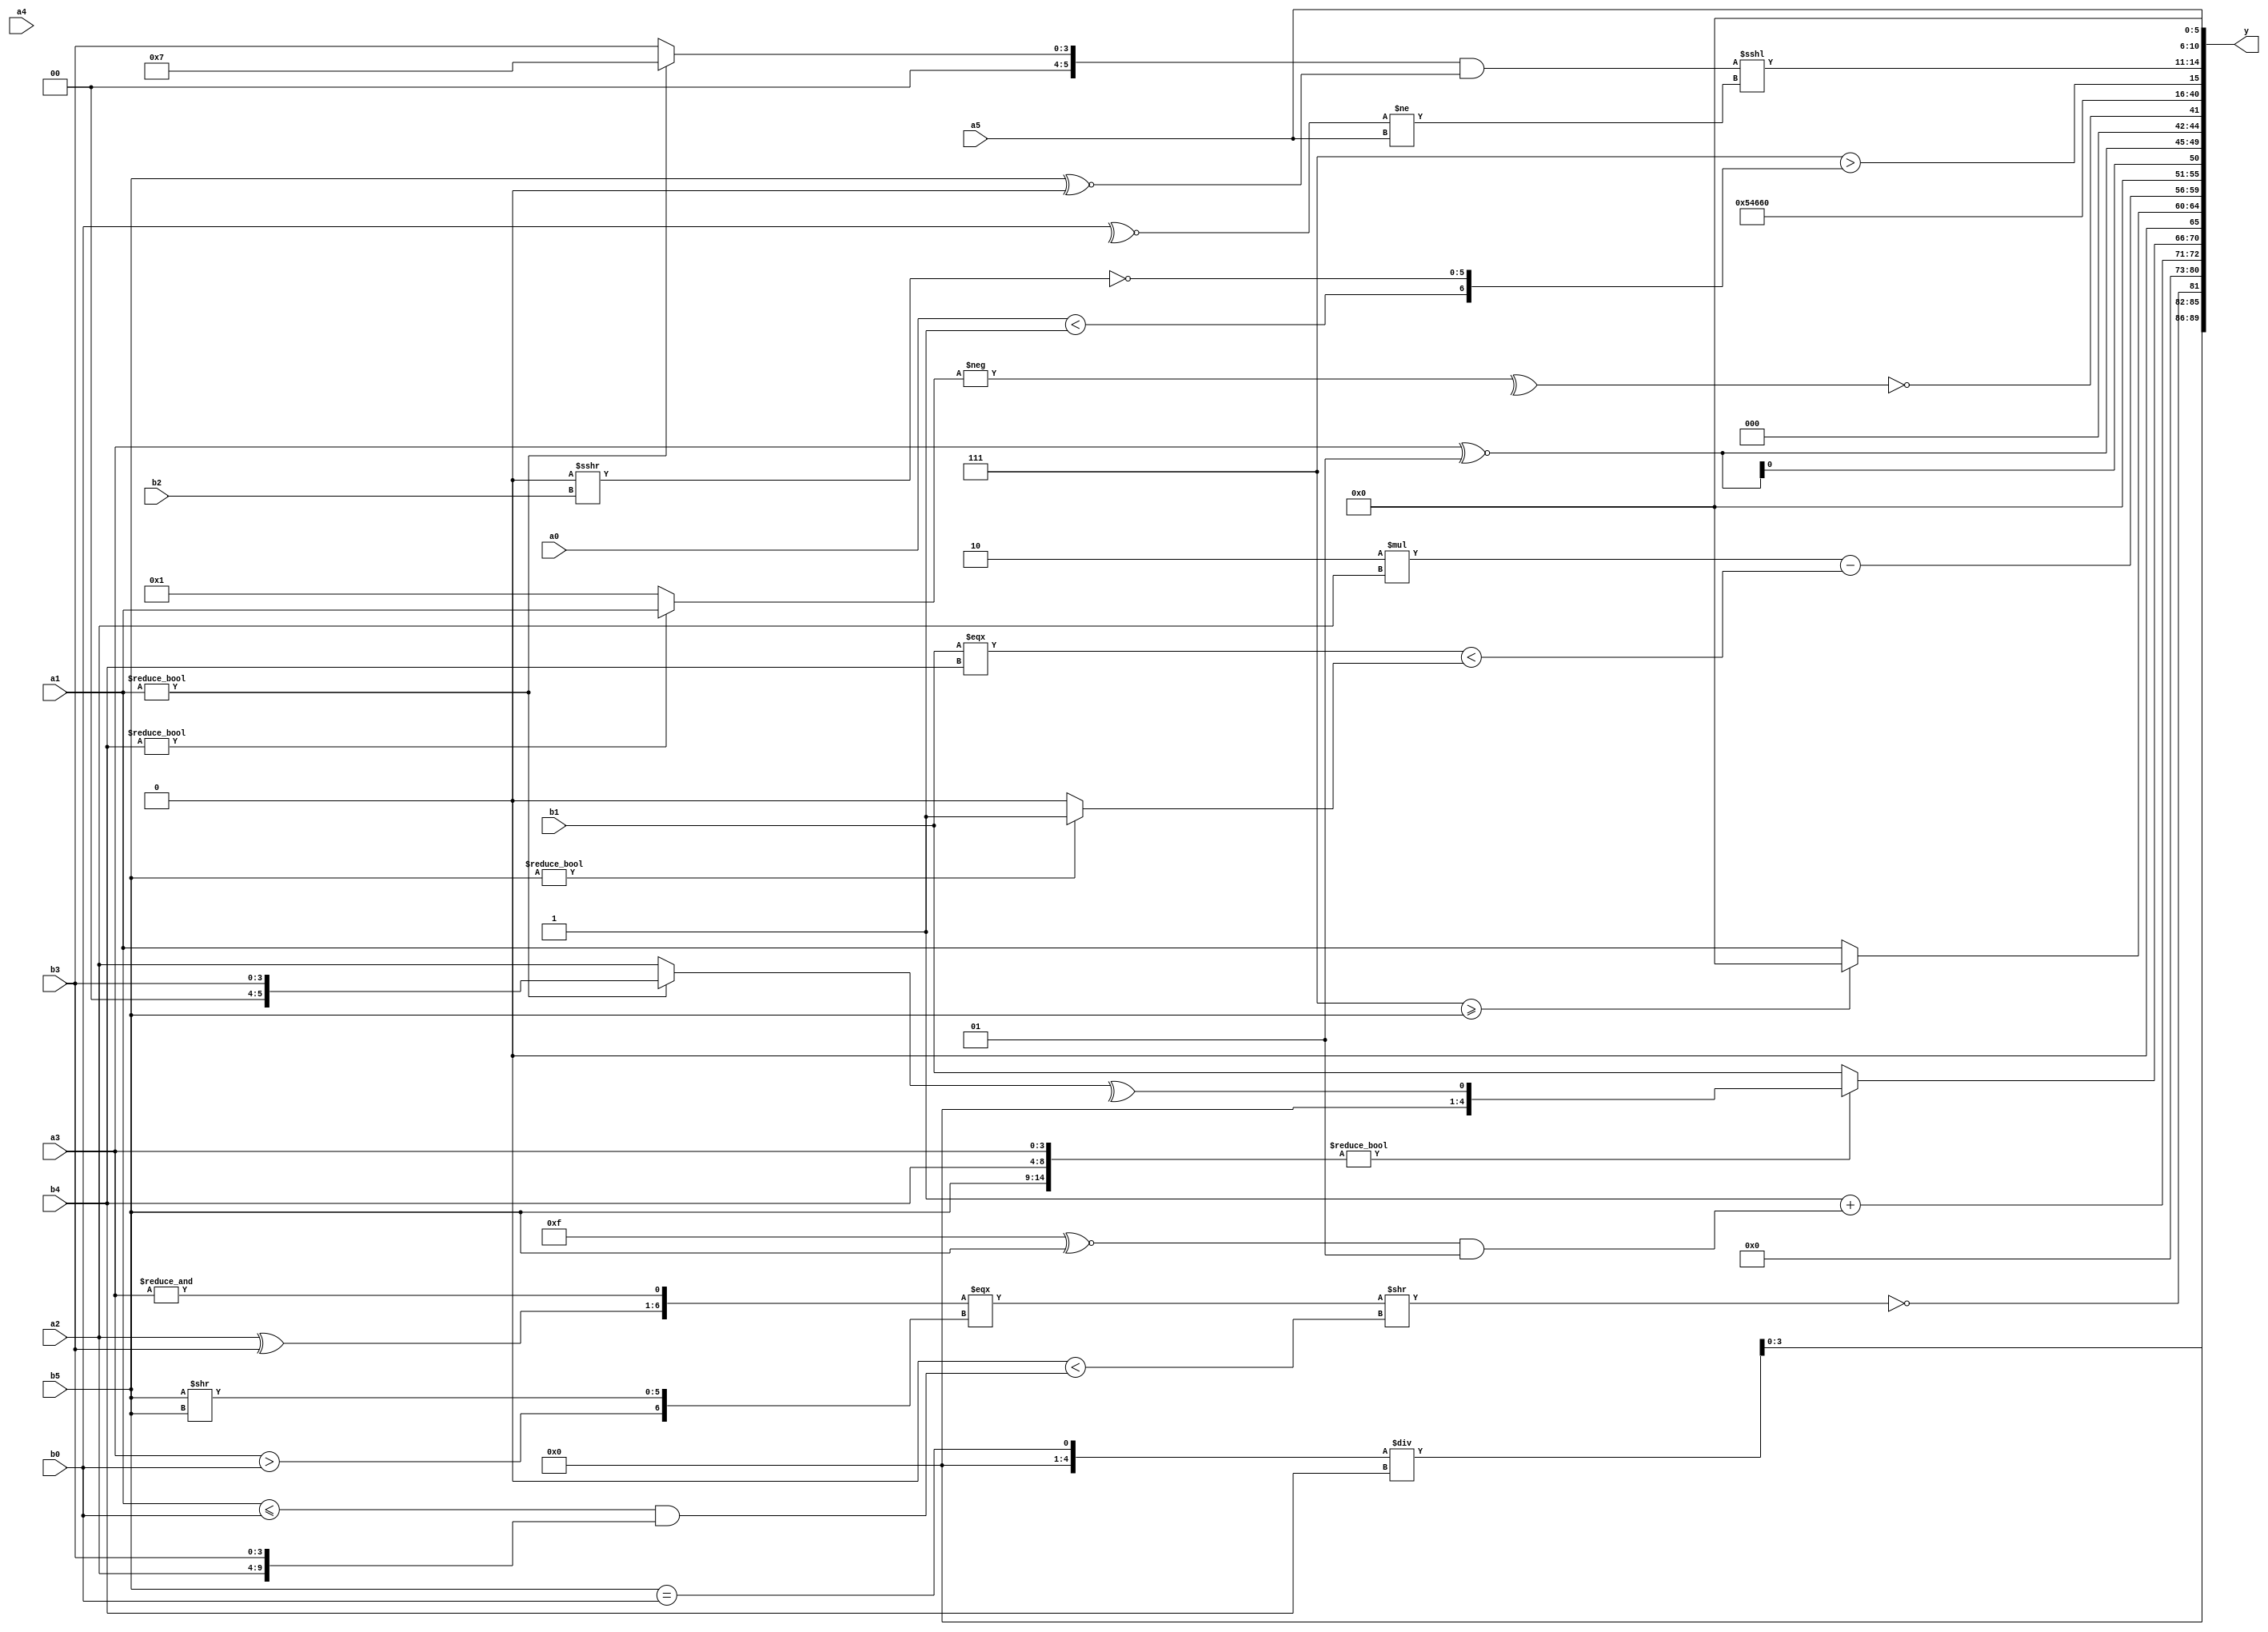
module expression_00593(a0, a1, a2, a3, a4, a5, b0, b1, b2, b3, b4, b5, y);
  input [3:0] a0;
  input [4:0] a1;
  input [5:0] a2;
  input signed [3:0] a3;
  input signed [4:0] a4;
  input signed [5:0] a5;

  input [3:0] b0;
  input [4:0] b1;
  input [5:0] b2;
  input signed [3:0] b3;
  input signed [4:0] b4;
  input signed [5:0] b5;

  wire [3:0] y0;
  wire [4:0] y1;
  wire [5:0] y2;
  wire signed [3:0] y3;
  wire signed [4:0] y4;
  wire signed [5:0] y5;
  wire [3:0] y6;
  wire [4:0] y7;
  wire [5:0] y8;
  wire signed [3:0] y9;
  wire signed [4:0] y10;
  wire signed [5:0] y11;
  wire [3:0] y12;
  wire [4:0] y13;
  wire [5:0] y14;
  wire signed [3:0] y15;
  wire signed [4:0] y16;
  wire signed [5:0] y17;

  output [89:0] y;
  assign y = {y0,y1,y2,y3,y4,y5,y6,y7,y8,y9,y10,y11,y12,y13,y14,y15,y16,y17};

  localparam [3:0] p0 = (-2'sd1);
  localparam [4:0] p1 = ((2'sd1)<<<(-2'sd0));
  localparam [5:0] p2 = {((6'd2 * (~&(~&(3'd3))))&&(&(((3'd5)!=(-3'sd1))^((5'd13)+(2'sd1)))))};
  localparam signed [3:0] p3 = (!(|(~&{(!(-3'sd2)),(~&(4'd15)),{(2'd2),(-5'sd14)}})));
  localparam signed [4:0] p4 = (~&(4'd14));
  localparam signed [5:0] p5 = {4{(~^(!(-(4'd6))))}};
  localparam [3:0] p6 = (^{3{(~&(4'sd5))}});
  localparam [4:0] p7 = (+{(-5'sd9)});
  localparam [5:0] p8 = (((3'd0)!=(4'sd2))?((4'd6)^(2'sd1)):((3'sd0)^(4'sd2)));
  localparam signed [3:0] p9 = {(2'd3),(2'd0)};
  localparam signed [4:0] p10 = (^(5'd1));
  localparam signed [5:0] p11 = (4'd1);
  localparam [3:0] p12 = (|{{(|(5'sd6)),{(3'd2)},(2'd2)},{(+(5'd6)),((3'd0)?(4'd4):(-4'sd1)),(~^(2'd1))}});
  localparam [4:0] p13 = ((2'sd0)<<((5'd21)&&(-4'sd5)));
  localparam [5:0] p14 = (((4'd7)^(3'sd2))*((-5'sd14)&(5'd29)));
  localparam signed [3:0] p15 = (((-5'sd9)?(-3'sd0):(4'sd5))?{2{(3'd1)}}:{3{(5'd9)}});
  localparam signed [4:0] p16 = {3{{1{({1{(2'd1)}}=={1{(5'sd7)}})}}}};
  localparam signed [5:0] p17 = (((5'sd10)===(-3'sd0))?((-5'sd9)===(5'sd13)):(|(2'd2)));

  assign y0 = (((b5==b0))/b4);
  assign y1 = (~&(|{(({(a2^b3),(&a3)}==={(a3>b0),(b5>>b5)})>>((^{{p8,p3,p12}})<((a1<=b0)&&{a2,b3})))}));
  assign y2 = (p2&&p15);
  assign y3 = (((3'd3)!=(p14<b1))+(^((p0^~b5)&&(2'sd1))));
  assign y4 = ({b5,b4,a3}?(^(a1?b3:a2)):{b0,a2,b1});
  assign y5 = ((p8>=b5)?(+p16):{a1});
  assign y6 = $signed(((4'd2 * (b1?a2:a2))-((b1===b4)<(b5?p11:p3))));
  assign y7 = {4{((p0<=b0)>>{3{p9}})}};
  assign y8 = {4{(a3^~p10)}};
  assign y9 = (!(^(-(b4?a1:p11))));
  assign y10 = (!((~|(-(4'd2 * (-{p13}))))>>({p15,p2,a1}?(p10^p6):{(~|b0)})));
  assign y11 = (5'd21);
  assign y12 = {3{(p11?p4:p15)}};
  assign y13 = ((-5'sd13)^{3{{(4'd0)}}});
  assign y14 = ($signed((3'd7))>{($signed(a0)<{p6}),(~(p2>>>b2))});
  assign y15 = (((a1?p8:b3)&&(b5^~p2))<<<((~^b0)!=(p17?a5:p6)));
  assign y16 = (&({a5,p3,b5}?(a0?p8:a1):(a3?p7:a0)));
  assign y17 = $signed(a5);
endmodule